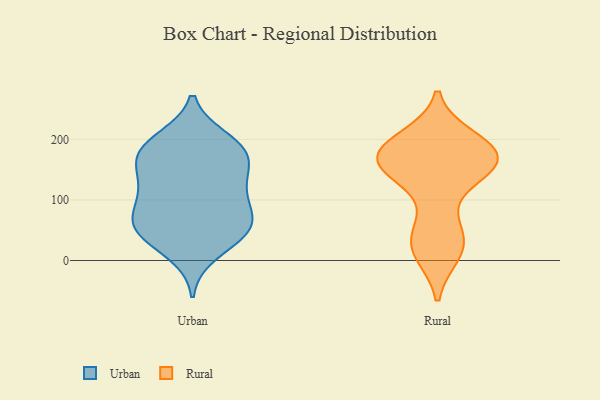
{"axis": {"x": "Latency (ms)", "y": "Value"}, "legend": ["Rural", "Urban"], "data": [{"x": "", "y": 186, "type": "Urban"}, {"x": "", "y": 163, "type": "Urban"}, {"x": "", "y": 56, "type": "Urban"}, {"x": "", "y": 52, "type": "Urban"}, {"x": "", "y": 115, "type": "Urban"}, {"x": "", "y": 55, "type": "Urban"}, {"x": "", "y": 68, "type": "Urban"}, {"x": "", "y": 124, "type": "Urban"}, {"x": "", "y": 161, "type": "Urban"}, {"x": "", "y": 180, "type": "Urban"}, {"x": "", "y": 11, "type": "Urban"}, {"x": "", "y": 37, "type": "Urban"}, {"x": "", "y": 98, "type": "Urban"}, {"x": "", "y": 200, "type": "Urban"}, {"x": "", "y": 49, "type": "Urban"}, {"x": "", "y": 198, "type": "Urban"}, {"x": "", "y": 83, "type": "Urban"}, {"x": "", "y": 127, "type": "Urban"}, {"x": "", "y": 167, "type": "Urban"}, {"x": "", "y": 27, "type": "Rural"}, {"x": "", "y": 168, "type": "Rural"}, {"x": "", "y": 177, "type": "Rural"}, {"x": "", "y": 152, "type": "Rural"}, {"x": "", "y": 160, "type": "Rural"}, {"x": "", "y": 136, "type": "Rural"}, {"x": "", "y": 151, "type": "Rural"}, {"x": "", "y": 193, "type": "Rural"}, {"x": "", "y": 193, "type": "Rural"}, {"x": "", "y": 184, "type": "Rural"}, {"x": "", "y": 155, "type": "Rural"}, {"x": "", "y": 171, "type": "Rural"}, {"x": "", "y": 58, "type": "Rural"}, {"x": "", "y": 156, "type": "Rural"}, {"x": "", "y": 177, "type": "Rural"}, {"x": "", "y": 200, "type": "Rural"}, {"x": "", "y": 20, "type": "Rural"}, {"x": "", "y": 49, "type": "Rural"}, {"x": "", "y": 17, "type": "Rural"}, {"x": "", "y": 13, "type": "Rural"}]}